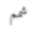
شمم